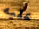
عليه